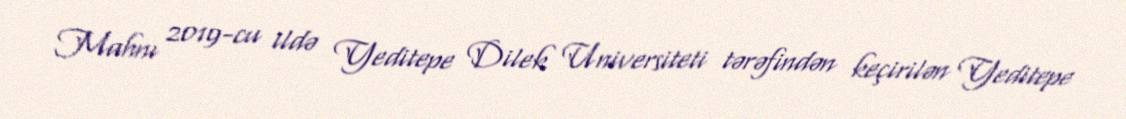
Mahnı 2019-cu ildə Yeditepe Dilek Universiteti tərəfindən keçirilən Yeditepe